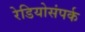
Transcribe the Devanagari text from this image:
रेडियोसंपर्क